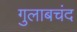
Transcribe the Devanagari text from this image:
गुलाबचंद